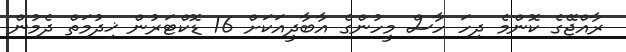
ރާއްޖޭގެ ކޮންމެ ދިހަ ހާސް މީހުންގެ އާބާދީއަކަށް 16 ޑޮކްޓަރުން ޚިދުމަތް ދެމުން